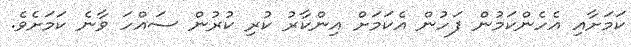
ކަމަށާއި އެހެންކަމުން ފަހުން އެކަމަށް އިންކާރު ކުރި ކުރުން ސައްހަ ވާނެ ކަމަށެވެ.